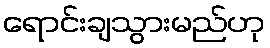
ရောင်းချသွားမည်ဟု